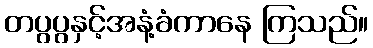
တပွပွနှင့်အနံ့ခံကာနေ ကြသည်။